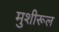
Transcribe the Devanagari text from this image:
मुशीरूल